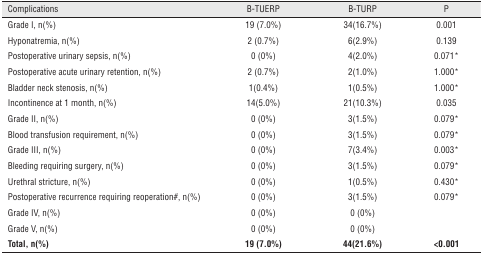
<table><thead><tr><td><b>Complications</b></td><td><b>B-TUERP</b></td><td><b>B-TURP</b></td><td><b>P</b></td></tr></thead><tbody><tr><td>Grade I, n(%)</td><td>19 (7.0%)</td><td>34(16.7%)</td><td>0.001</td></tr><tr><td>Hyponatremia, n(%)</td><td>2 (0.7%)</td><td>6(2.9%)</td><td>0.139</td></tr><tr><td>Postoperative urinary sepsis, n(%)</td><td>0 (0%)</td><td>4(2.0%)</td><td>0.071*</td></tr><tr><td>Postoperative acute urinary retention, n(%)</td><td>2 (0.7%)</td><td>2(1.0%)</td><td>1.000*</td></tr><tr><td>Bladder neck stenosis, n(%)</td><td>1(0.4%)</td><td>1(0.5%)</td><td>1.000*</td></tr><tr><td>Incontinence at 1 month, n(%)</td><td>14(5.0%)</td><td>21(10.3%)</td><td>0.035</td></tr><tr><td>Grade II, n(%)</td><td>0 (0%)</td><td>3(1.5%)</td><td>0.079*</td></tr><tr><td>Blood transfusion requirement, n(%)</td><td>0 (0%)</td><td>3(1.5%)</td><td>0.079*</td></tr><tr><td>Grade III, n(%)</td><td>0 (0%)</td><td>7(3.4%)</td><td>0.003*</td></tr><tr><td>Bleeding requiring surgery, n(%)</td><td>0 (0%)</td><td>3(1.5%)</td><td>0.079*</td></tr><tr><td>Urethral stricture, n(%)</td><td>0 (0%)</td><td>1(0.5%)</td><td>0.430*</td></tr><tr><td>Postoperative recurrence requiring reoperation#, n(%)</td><td>0 (0%)</td><td>3(1.5%)</td><td>0.079*</td></tr><tr><td>Grade IV, n(%)</td><td>0 (0%)</td><td>0 (0%)</td><td></td></tr><tr><td>Grade V, n(%)</td><td>0 (0%)</td><td>0 (0%)</td><td></td></tr><tr><td><b>Total, n(%)</b></td><td><b>19 (7.0%)</b></td><td><b>44(21.6%)</b></td><td><b>&lt;0.001</b></td></tr></tbody></table>